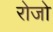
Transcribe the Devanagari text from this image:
रोजो